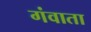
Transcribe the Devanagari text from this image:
गंवाता